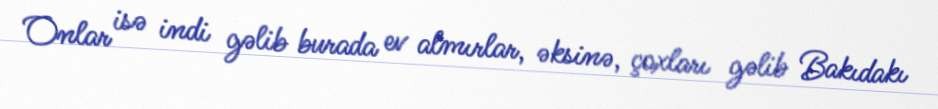
Onlar isə indi gəlib burada ev almırlar, əksinə, çoxları gəlib Bakıdakı